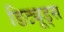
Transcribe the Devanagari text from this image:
डिट्यूड्स